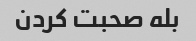
بله صحبت کردن